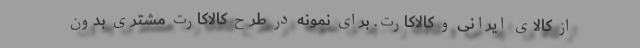
از کالای ایرانی و کالاکارت. برای نمونه در طرح کالاکارت مشتری بدون